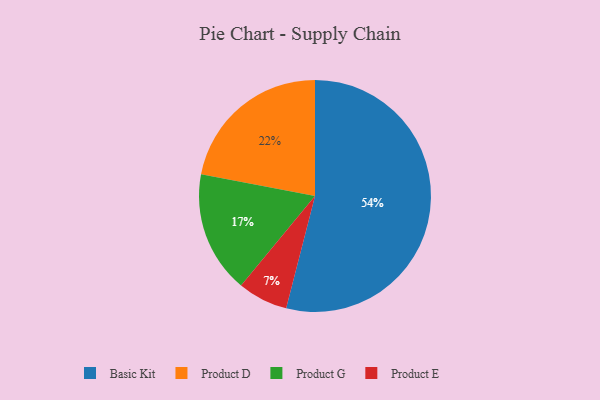
{"axis": {"x": "Category", "y": "Percentage"}, "legend": ["Basic Kit", "Product D", "Product E", "Product G"], "data": [{"x": "Product E", "y": 7, "type": "Product E"}, {"x": "Product D", "y": 22, "type": "Product D"}, {"x": "Basic Kit", "y": 54, "type": "Basic Kit"}, {"x": "Product G", "y": 17, "type": "Product G"}]}